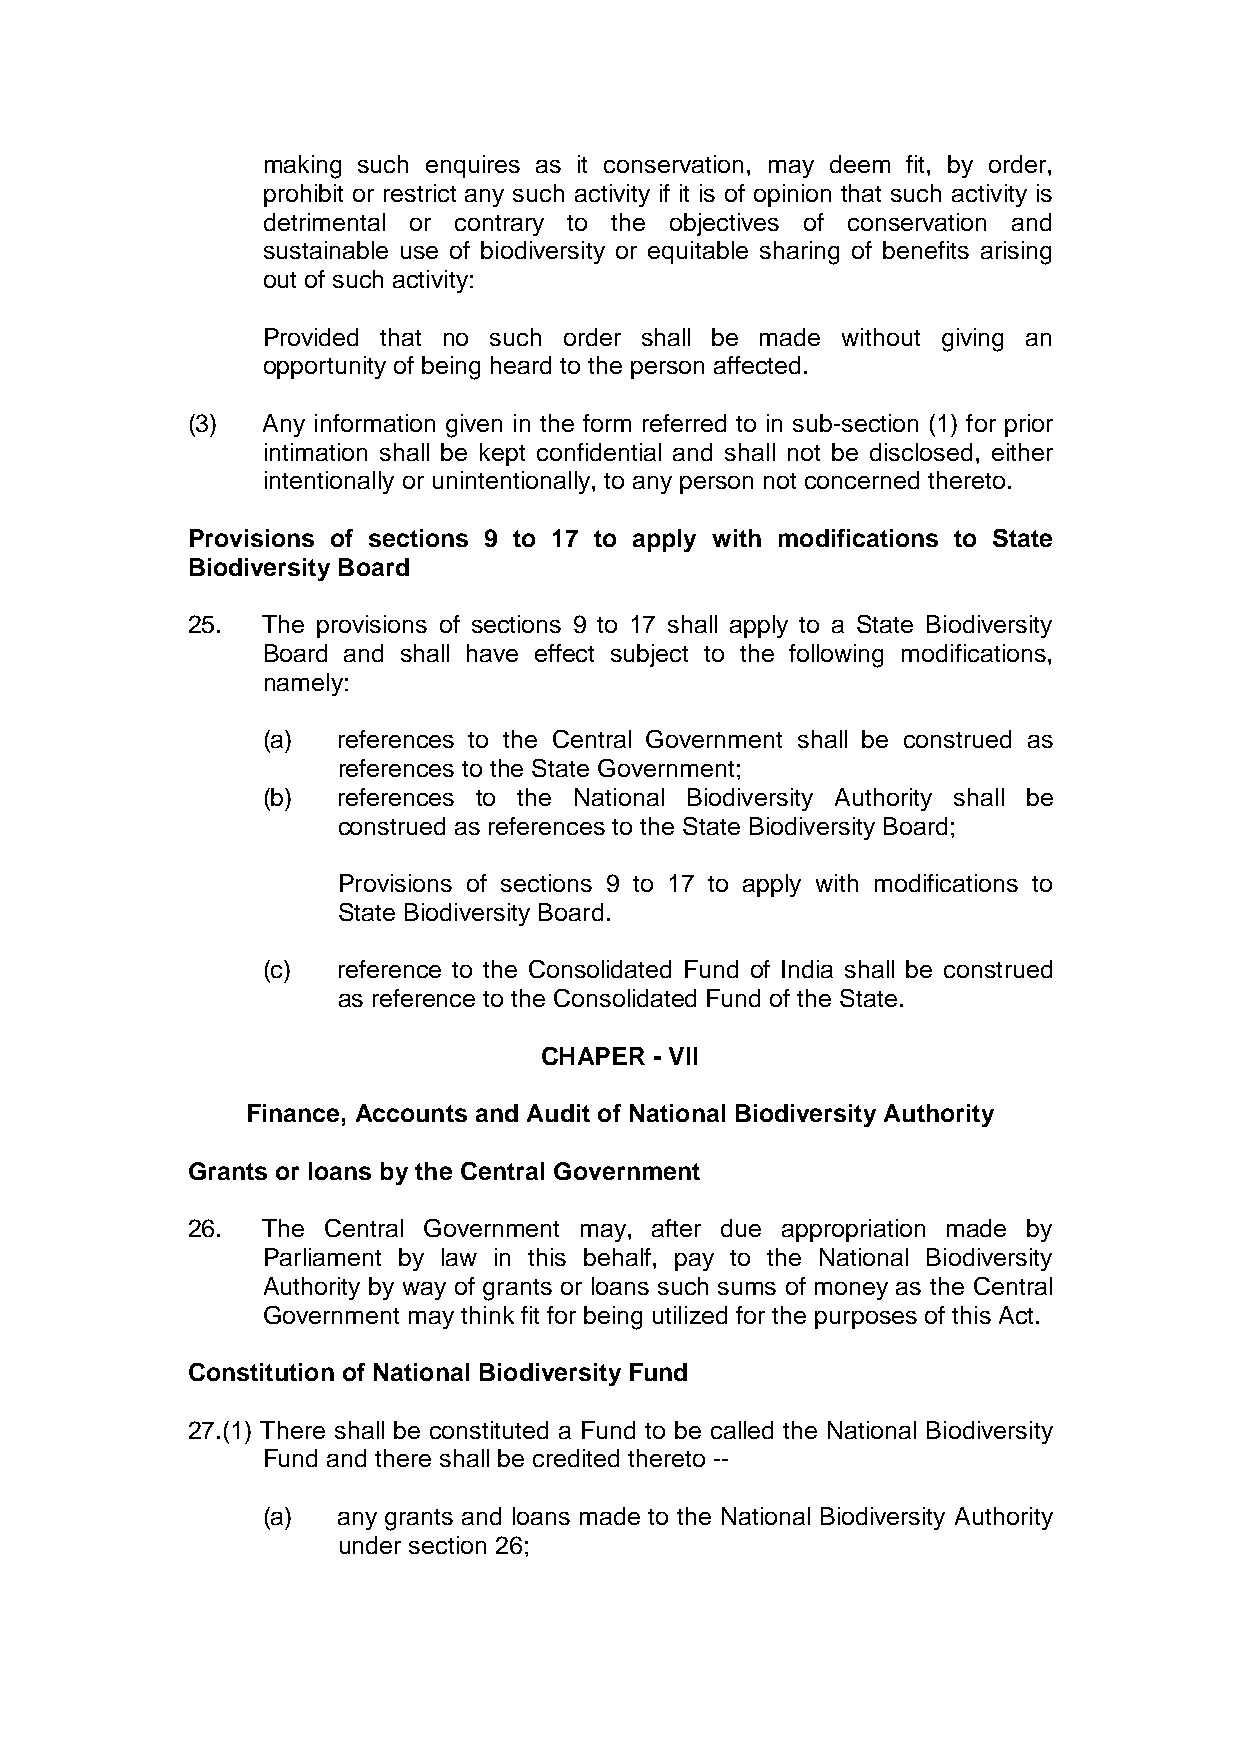
making such enquires as it conservation, may deem fit, by order,
 prohibit or restrict any such activity if it is of opinion that such activity is
 detrimental or contrary to the objectives of conservation and
 sustainable use of biodiversity or equitable sharing of benefits arising
 out of such activity:
 Provided that no such order shall be made without giving an
 opportunity of being heard to the person affected.
 (3)  Any information given in the form referred to in sub-section (1) for prior
 intimation shall be kept confidential and shall not be disclosed, either
 intentionally or unintentionally, to any person not concerned thereto.
 Provisions of sections 9 to 17 to apply with modifications to State
 Biodiversity Board
 25.  The provisions of sections 9 to 17 shall apply to a State Biodiversity
 Board and shall have effect subject to the following modifications,
 namely:
 (a)  references to the Central Government shall be construed as
 references to the State Government;
 (b)  references to the National Biodiversity Authority shall be
 construed as references to the State Biodiversity Board;
 Provisions of sections 9 to 17 to apply with modifications to
 State Biodiversity Board.
 (c)  reference to the Consolidated Fund of India shall be construed
 as reference to the Consolidated Fund of the State.
 CHAPER - VII
 Finance, Accounts and Audit of National Biodiversity Authority
 Grants or loans by the Central Government
 26.  The Central Government may, after due appropriation made by
 Parliament by law in this behalf, pay to the National Biodiversity
 Authority by way of grants or loans such sums of money as the Central
 Government may think fit for being utilized for the purposes of this Act.
 Constitution of National Biodiversity Fund
 27.(1) There shall be constituted a Fund to be called the National Biodiversity
 Fund and there shall be credited thereto --
 (a)  any grants and loans made to the National Biodiversity Authority
 under section 26;